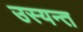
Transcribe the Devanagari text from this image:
उस्यन्त